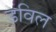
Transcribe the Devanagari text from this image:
डविल